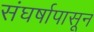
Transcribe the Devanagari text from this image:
संघर्षापासून